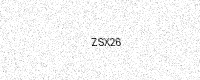
Text: ZSX26